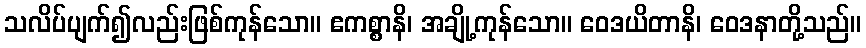
သလိပ်ပျက်၍လည်းဖြစ်ကုန်သော။ ဧကစ္စာနိ၊ အချို့ကုန်သော။ ဝေဒယိတာနိ၊ ဝေဒနာတို့သည်။